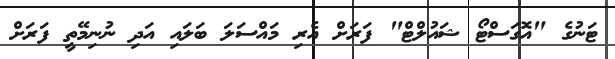
ޓަނުގެ "އޮގަސްޓޯ ޝައުލްޓް" ފަރަށް އެރި މައްސަލަ ބަލައި އަދި ނުނިމޭތީ ފަރަށް